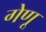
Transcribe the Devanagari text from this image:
गेणू